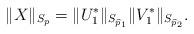
LaTeX: \begin{align*}\|X\|_{S_{p}}=\|U^{*}_{1}\|_{S_{\widehat{p}_{1}}}\|V^{*}_{1}\|_{S_{\widehat{p}_{2}}}.\end{align*}